Report of the Indian Hemp Drugs Commission, 1894-1895 - Volume VIII
Year: 1894
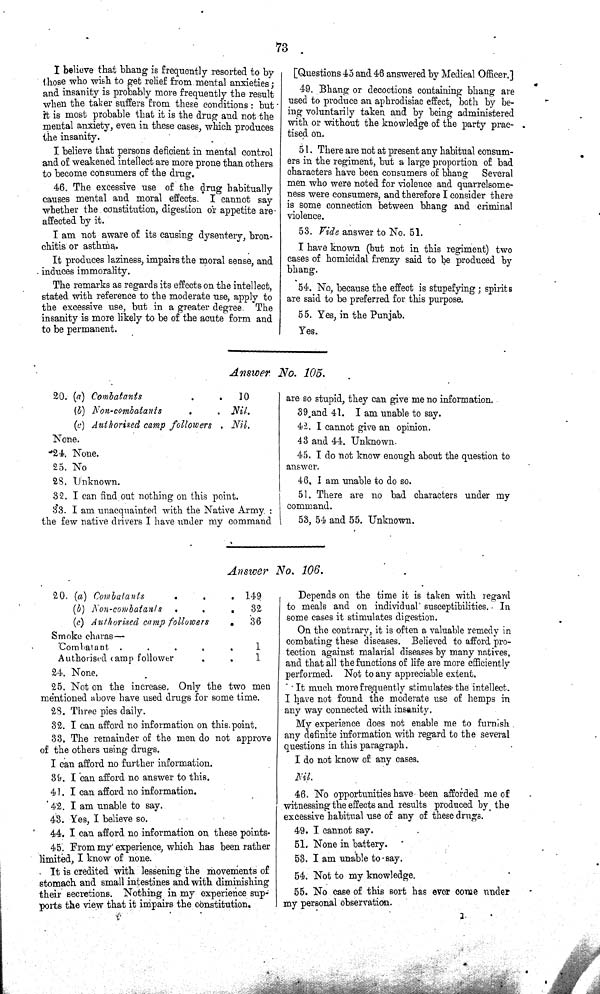
73
I believe that bhang is frequently resorted to by
those who wish to get relief from mental anxieties;
and insanity is probably more frequently the result
when the taker suffers from these conditions: but
it is most probable that it is the drug and not the
mental anxiety, even in these cases, which produces
the insanity.
I believe that persons deficient in mental control
and of weakened intellect are more prone than others
to become consumers of the drug.
46. The excessive use of the drug habitually
causes mental and moral effects. I cannot say
whether the constitution, digestion or appetite are
affected by it.
I am not aware of its causing dysentery, bron-
chitis or asthma.
It produces laziness, impairs the moral sense, and
induces immorality.
The remarks as regards its effects on the intellect,
stated with reference to the moderate use, apply to
the excessive use, but in a greater degree. The
insanity is more likely to be of the acute form and
to be permanent.
[Questions 45 and 46 answered by Medical Officer.]
49. Bhang or decoctions containing bhang are
used to produce an aphrodisiac effect, both by be-
ing voluntarily taken and by being administered
with or without the knowledge of the party prac-
tised on.
51. There are not at present any habitual consum-
ers in the regiment, but a large proportion of bad
characters have been consumers of bhang Several
men who were noted for violence and quarrelsome-
ness were consumers, and therefore I consider there
is some connection between bhang and criminal
violence.
53. Vide answer to No. 51.
I have known (but not in this regiment) two
cases of homicidal frenzy said to be produced by
bhang.
54. No, because the effect is stupefying; spirits
are said to be preferred for this purpose.
55. Yes, in the Punjab.
Yes.
Answer. No. 105.
20. (a) Combatants
10
(b) Non-combatants
Nil.
(c) Authorised camp followers
Nil.
None.
24. None.
25. No
28. Unknown.
32. I can find out nothing on this point.
33. I am unacquainted with the Native Army:
the few native drivers I have under my command
are so stupid, they can give me no information.
39 and 41. I am unable to say.
42. I cannot give an opinion.
43 and 44. Unknown.
45. I do not know enough about the question to
answer.
46. I am unable to do so.
51. There are no bad characters under my
command.
53, 54 and 55. Unknown.
Answer No. 106.
20. (a) Combatants
149
(b) Non-combatants
32
(c) Authorised camp followers
36
Smoke charas—
Combatant
1
Authorised camp follower
1
24. None.
25. Not on the increase. Only the two men
mentioned above have used drugs for some time.
28. Three pies daily.
32. I can afford no information on this point.
33. The remainder of the men do not approve
of the others using drugs.
I can afford no further information.
39. I can afford no answer to this.
41. I can afford no information.
42. I am unable to say.
43. Yes, I believe so.
44. I can afford no information on these points.
45. Prom my experience, which has been rather
limited, I know of none.
It is credited with lessening the movements of
stomach and small intestines and with diminishing
their secretions. Nothing in my experience sup-
ports the view that it impairs the constitution,
Depends on the time it is taken with regard
to meals and on individual susceptibilities. In
some cases it stimulates digestion.
On the contrary, it is often a valuable remedy in
combating these diseases. Believed to afford pro-
tection against malarial diseases by many natives,
and that all the functions of life are more efficiently
performed. Not to any appreciable extent.
It much more frequently stimulates the intellect.
I have not found the moderate use of hemps in
any way connected with insanity.
My experience does not enable me to furnish
any definite information with regard to the several
questions in this paragraph.
I do not know of any cases.
Nil.
46. No opportunities have been afforded me of
witnessing the effects and results produced by the
excessive habitual use of any of these drugs.
49. I cannot say.
51. None in battery.
53. I am unable to say.
54. Not to my knowledge.
55. No case of this sort has ever come under
my personal observation.
l